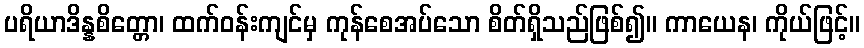
ပရိယာဒိန္နစိတ္တော၊ ထက်ဝန်းကျင်မှ ကုန်စေအပ်သော စိတ်ရှိသည်ဖြစ်၍။ ကာယေန၊ ကိုယ်ဖြင့်။